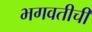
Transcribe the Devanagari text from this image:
भगवतीची